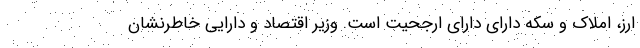
ارز، املاک و سکه دارای دارای ارجحیت است. وزیر اقتصاد و دارایی خاطرنشان